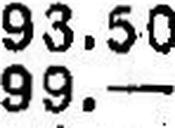
99.—